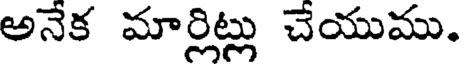
అనేక మార్లిట్లు చేయుము.